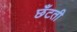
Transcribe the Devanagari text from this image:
छँटती